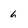
Character: 6